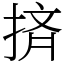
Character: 㨈